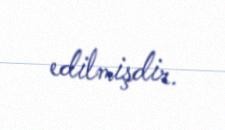
edilmişdir.